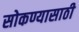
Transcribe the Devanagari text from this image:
सोकण्यासाठी